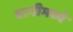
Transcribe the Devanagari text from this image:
बानीमध्ये